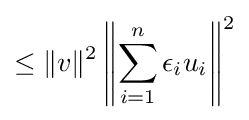
\leq \|v\|^{2}\left\|\sum _{i=1}^{n}\epsilon _{i}u_{i}\right\|^{2}